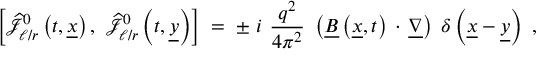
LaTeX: \left[ \widehat { { \mathcal J } } _ { \ell / r } ^ { 0 } \left( t , \underline { { { x } } } \right) , ~ \widehat { { \mathcal J } } _ { \ell / r } ^ { 0 } \left( t , \underline { { { y } } } \right) \right] \; = \; \pm ~ i ~ \frac { q ^ { 2 } } { 4 \pi ^ { 2 } } ~ \left( \underline { { { B } } } \left( \underline { { { x } } } , t \right) \, \cdot \, \underline { { { \nabla } } } \right) \; \delta \left( \underline { { { x } } } - \underline { { { y } } } \right) ~ ,